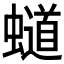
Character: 𧒴